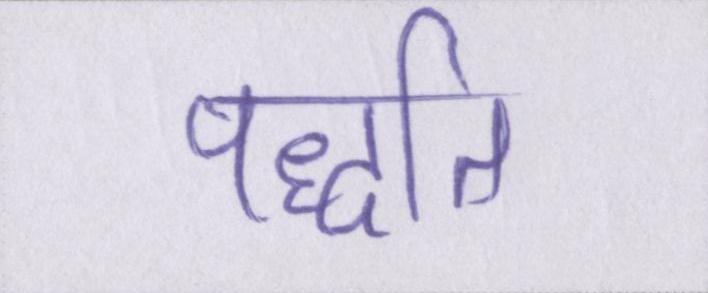
पद्धति